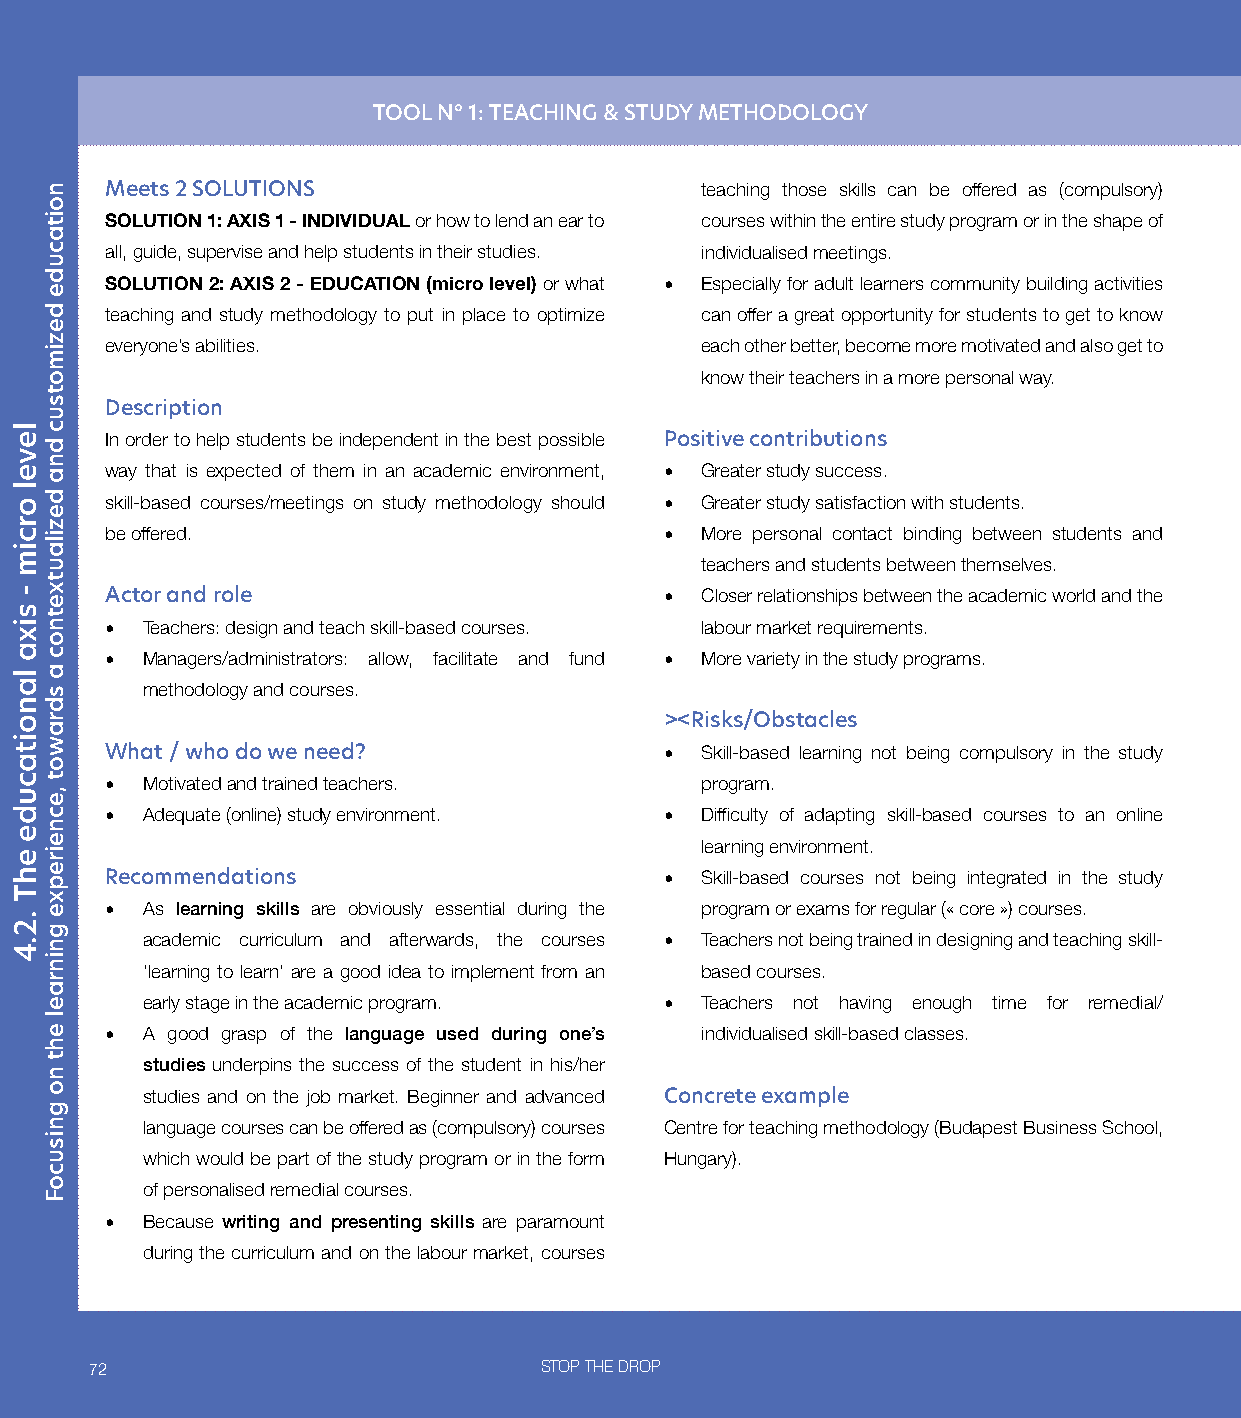
TOOL N° 1: TEACHING & STUDY METHODOLOGY
 Meets 2 SOLUTIONS                      teaching those skills can be offered as (compulsory)
 SOLUTION 1: AXIS 1 - INDIVIDUAL or how to lend an ear to courses within the entire study program or in the shape of
 all, guide, supervise and help students in their studies. individualised meetings.
 SOLUTION 2: AXIS 2 - EDUCATION (micro level) or what • Especially for adult learners community building activities
 teaching and study methodology to put in place to optimize can offer a great opportunity for students to get to know
 everyone’s abilities.                  each other better, become more motivated and also get to
 know their teachers in a more personal way.
 Description
 In order to help students be independent in the best possible Positive contributions
 way that is expected of them in an academic environment, • Greater study success.
 skill-based courses/meetings on study methodology should • Greater study satisfaction with students.
 be offered.                          • More personal contact binding between students and
 teachers and students between themselves.
 Actor and role                       • Closer relationships between the academic world and the
 • Teachers: design and teach skill-based courses. labour market requirements.
 • Managers/administrators: allow, facilitate and fund • More variety in the study programs.
 methodology and courses.
 ><Risks/Obstacles
 What / who do we need?               • Skill-based learning not being compulsory in the study
 • Motivated and trained teachers.      program.
 • Adequate (online) study environment. • Difficulty of adapting skill-based courses to an online
 learning environment.
 Recommendations                      • Skill-based courses not being integrated in the study
 • As learning skills are obviously essential during the program or exams for regular (« core ») courses.
 academic curriculum and afterwards, the courses • Teachers not being trained in designing and teaching skill-
 ‘learning to learn’ are a good idea to implement from an based courses.
 early stage in the academic program. • Teachers not having enough time for remedial/
 • A good grasp of the language used during one’s individualised skill-based classes.
 studies underpins the success of the student in his/her
 studies and on the job market. Beginner and advanced Concrete example
 language courses can be offered as (compulsory) courses Centre for teaching methodology (Budapest Business School,
 which would be part of the study program or in the form Hungary).
 of personalised remedial courses.
 • Because writing and presenting skills are paramount
 during the curriculum and on the labour market, courses
 72                            STOP THE DROP
 level
 orcim
 -
 sixa
 lanoitacude
 ehT
 .2.4
 noitacude
 dezimotsuc
 dna
 dezilautxetnoc
 a
 sdrawot
 ,ecneirepxe
 gninrael
 eht
 no
 gnisucoF